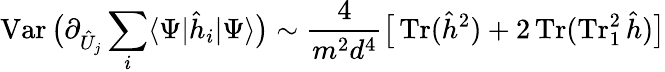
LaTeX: \operatorname{Var}\big(\partial_{\hat{U}_{j}}\sum_{i}\langle\Psi|\hat{h}_{i}|\Psi\rangle\big)\sim\frac{4}{m^{2}d^{4}}\big[\operatorname{Tr}(\hat{h}^{2})+2\operatorname{Tr}(\operatorname{Tr}_{1}^{2}\hat{h})\big]